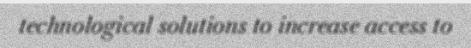
technological solutions to increase access to